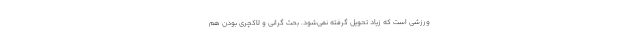
ورزشی است که زیاد تحویل گرفته نمی‌شود. بحث گرانی و لاکچری بودن هم